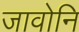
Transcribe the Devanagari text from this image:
जावोनि